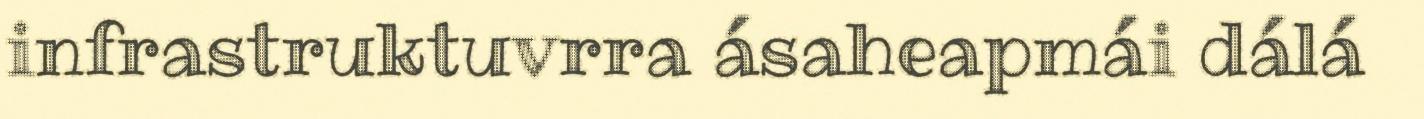
infrastruktuvrra ásaheapmái dálá